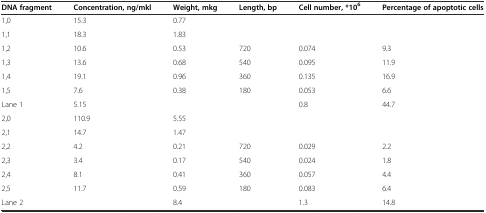
<table><thead><tr><td><b>DNA fragment</b></td><td><b>Concentration, ng/mkl</b></td><td><b>Weight, mkg</b></td><td><b>Length, bp</b></td><td><b>Cell number, *10<sup>6</sup></b></td><td><b>Percentage of apoptotic cells</b></td></tr></thead><tbody><tr><td>1,0</td><td>15.3</td><td>0.77</td><td>[EMPTY_CELL]</td><td>[EMPTY_CELL]</td><td>[EMPTY_CELL]</td></tr><tr><td>1,1</td><td>18.3</td><td>1.83</td><td>[EMPTY_CELL]</td><td>[EMPTY_CELL]</td><td>[EMPTY_CELL]</td></tr><tr><td>1,2</td><td>10.6</td><td>0.53</td><td>720</td><td>0.074</td><td>9.3</td></tr><tr><td>1,3</td><td>13.6</td><td>0.68</td><td>540</td><td>0.095</td><td>11.9</td></tr><tr><td>1,4</td><td>19.1</td><td>0.96</td><td>360</td><td>0.135</td><td>16.9</td></tr><tr><td>1,5</td><td>7.6</td><td>0.38</td><td>180</td><td>0.053</td><td>6.6</td></tr><tr><td>Lane 1</td><td>5.15</td><td>[EMPTY_CELL]</td><td>[EMPTY_CELL]</td><td>0.8</td><td>44.7</td></tr><tr><td>2,0</td><td>110.9</td><td>5.55</td><td>[EMPTY_CELL]</td><td>[EMPTY_CELL]</td><td>[EMPTY_CELL]</td></tr><tr><td>2,1</td><td>14.7</td><td>1.47</td><td>[EMPTY_CELL]</td><td>[EMPTY_CELL]</td><td>[EMPTY_CELL]</td></tr><tr><td>2,2</td><td>4.2</td><td>0.21</td><td>720</td><td>0.029</td><td>2.2</td></tr><tr><td>2,3</td><td>3.4</td><td>0.17</td><td>540</td><td>0.024</td><td>1.8</td></tr><tr><td>2,4</td><td>8.1</td><td>0.41</td><td>360</td><td>0.057</td><td>4.4</td></tr><tr><td>2,5</td><td>11.7</td><td>0.59</td><td>180</td><td>0.083</td><td>6.4</td></tr><tr><td>Lane 2</td><td>[EMPTY_CELL]</td><td>8.4</td><td>[EMPTY_CELL]</td><td>1.3</td><td>14.8</td></tr></tbody></table>